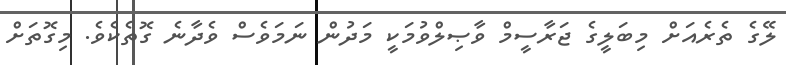
ލޭގެ ތެރެއަށް މިބަލީގެ ޖަރާސީމް ވާޞިލްވުމަކީ މަދުން ނަމަވެސް ވެދާނެ ގޮތެކެވެ. މިގޮތަށް